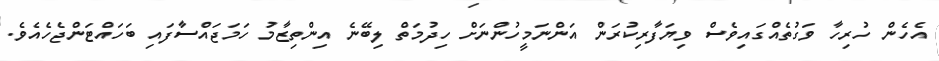
އެހެން ހުރިހާ ވަގުތެއްގައިވެސް ވިޔަފާރިކުރަން އަންނަމީހުންނަށް ހިދުމަތް ލިބޭނެ އިންތިޒާމު ހަމަޖައްސާފައި ބަހައްޓަންޖެހެއެވެ.